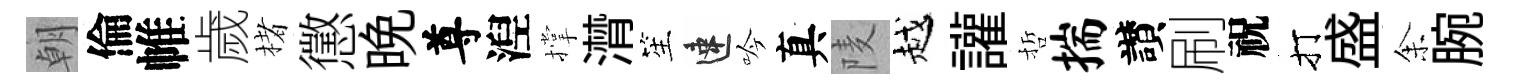
朝倫帷歲楮懲晩尊湼撑潸笙速吟真𨹧越讙哲揣讃刷祝打盛𪜬腕